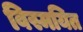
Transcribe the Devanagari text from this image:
विस्मयित